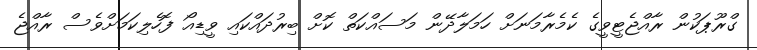
ގްރޫޕަކުން ރާއްޖެޓީވީގެ ކެމެރާމަނަށް ހަމަލާދޭން މަސައްކަތް ކޮށް ބިރުދައްކައި ވީޑިއޯ ފޮހެލިކަމަށްވެސް ރާއްޖެ